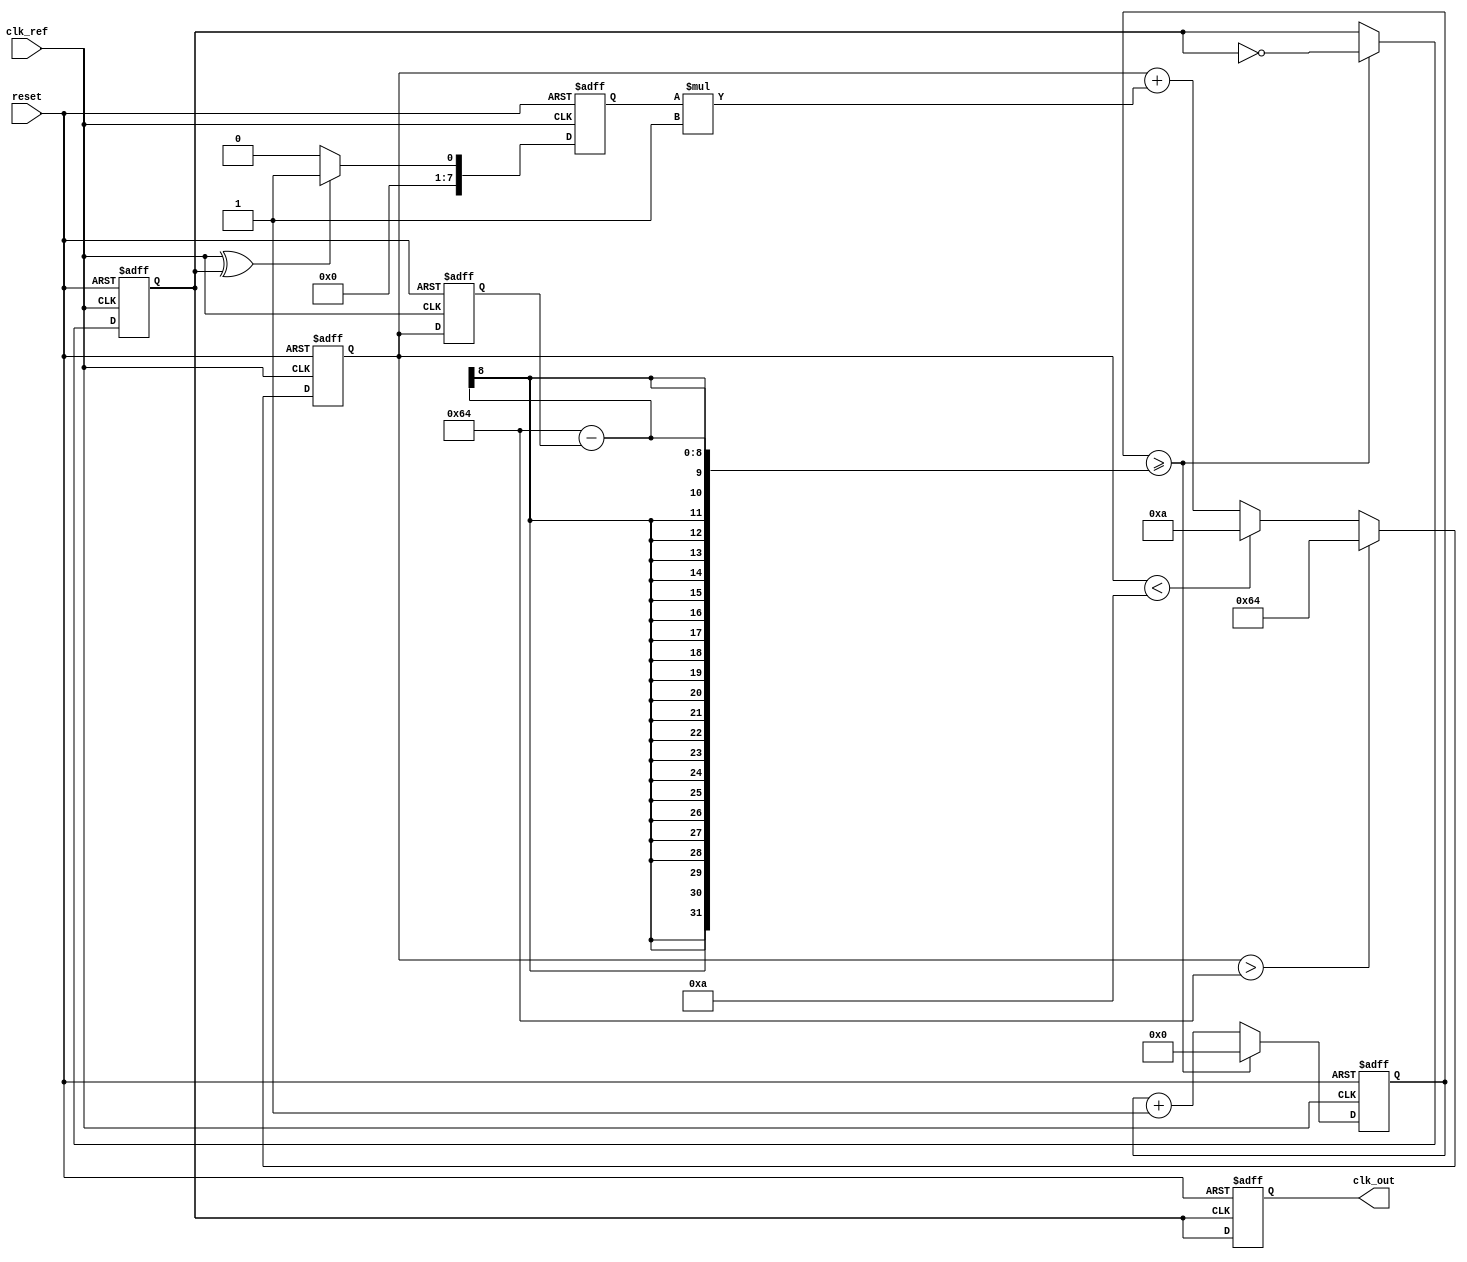
module type2_PLL (
    input wire clk_ref,          // Reference clock input
    input wire reset,            // Reset signal
    output reg clk_out           // Output clock
);

// Parameters for VCO and Loop Filter
parameter VCO_MAX_FREQ = 100;  // Maximum frequency of VCO
parameter VCO_MIN_FREQ = 10;    // Minimum frequency of VCO
parameter K_PD = 1;             // Gain of Phase Detector
parameter K_LF = 1;             // Gain of Loop Filter

// Internal signals
reg [7:0] phase_error;          // Phase error signal
reg [7:0] control_voltage;       // Control voltage for VCO
reg [7:0] vco_freq;             // Current frequency of VCO
reg clk_vco;                    // VCO output clock
reg [7:0] counter;              // Counter for VCO frequency generation

// Phase Detector
always @(posedge clk_ref or posedge reset) begin
    if (reset) begin
        phase_error <= 0;
    end else begin
        // Simple phase detector using XOR
        phase_error <= (clk_ref ^ clk_vco) ? K_PD : 0;
    end
end

// Loop Filter (Simple Integrator)
always @(posedge clk_ref or posedge reset) begin
    if (reset) begin
        control_voltage <= 0;
    end else begin
        control_voltage <= control_voltage + (phase_error * K_LF);
        // Clamp control voltage to VCO range
        if (control_voltage > VCO_MAX_FREQ) begin
            control_voltage <= VCO_MAX_FREQ;
        end else if (control_voltage < VCO_MIN_FREQ) begin
            control_voltage <= VCO_MIN_FREQ;
        end
    end
end

// Voltage-Controlled Oscillator (VCO)
always @(posedge clk_ref or posedge reset) begin
    if (reset) begin
        vco_freq <= VCO_MIN_FREQ;
        counter <= 0;
        clk_vco <= 0;
    end else begin
        // Adjust VCO frequency based on control voltage
        vco_freq <= control_voltage;

        // Generate VCO clock based on frequency
        if (counter >= (100 - vco_freq)) begin
            clk_vco <= ~clk_vco;
            counter <= 0;
        end else begin
            counter <= counter + 1;
        end
    end
end

// Output clock generation
always @(posedge clk_vco or posedge reset) begin
    if (reset) begin
        clk_out <= 0;
    end else begin
        clk_out <= clk_vco;
    end
end

endmodule